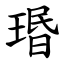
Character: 瑉